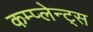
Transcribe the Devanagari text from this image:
कम्प्लेन्ट्स